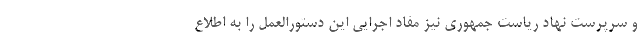
و سرپرست نهاد ریاست جمهوری نیز مفاد اجرایی این دستورالعمل را به اطلاع